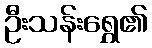
ဦးသန်းရွှေ၏